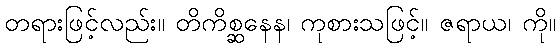
တရားဖြင့်လည်း။ တိကိစ္ဆနေန၊ ကုစားသဖြင့်။ ဇရာယ၊ ကို။